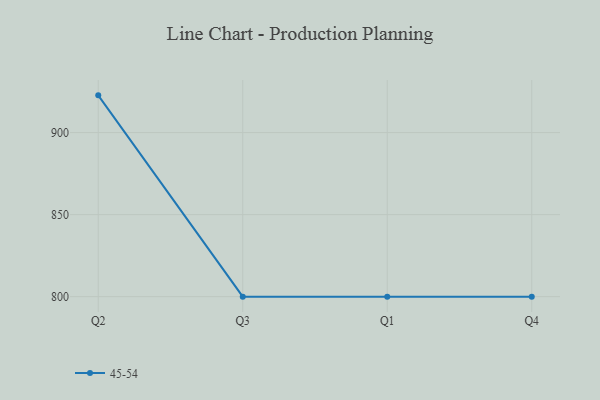
{"axis": {"x": "Quarter", "y": "Tickets Resolved"}, "legend": ["45-54"], "data": [{"x": "Q2", "y": 922.7, "type": "45-54"}, {"x": "Q3", "y": 800, "type": "45-54"}, {"x": "Q1", "y": 800, "type": "45-54"}, {"x": "Q4", "y": 800, "type": "45-54"}]}